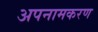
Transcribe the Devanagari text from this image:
अपनामकरण